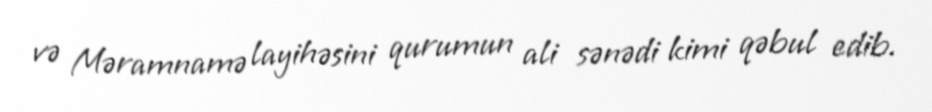
və Məramnamə layihəsini qurumun ali sənədi kimi qəbul edib.